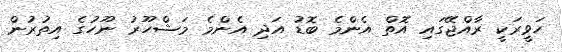
ހަވީރަކީ ރާއްޖޭގައި އޮތް އެންމެ ބޮޑު އަދި އެންމެ މަޝްހޫރު ނޫހުގެ އިތުރުން